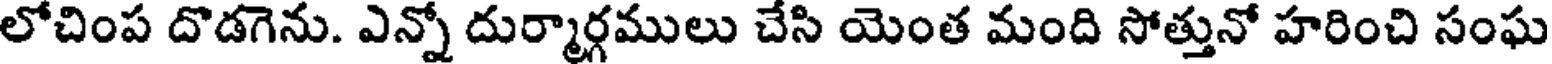
లోచింప దొడగెను. ఎన్నో దుర్మార్గములు చేసి యెంత మంది సోత్తునో హరించి సంఘ